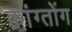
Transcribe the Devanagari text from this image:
क्वांग्तोंग